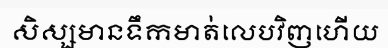
សិស្សមានទឹកមាត់លេបវិញហើយ